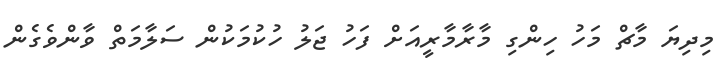
މިދިޔަ މާޗް މަހު ހިންގި މާރާމާރީއަށް ފަހު ޖަލު ހުކުމަކުން ސަލާމަތް ވާންވެގެން